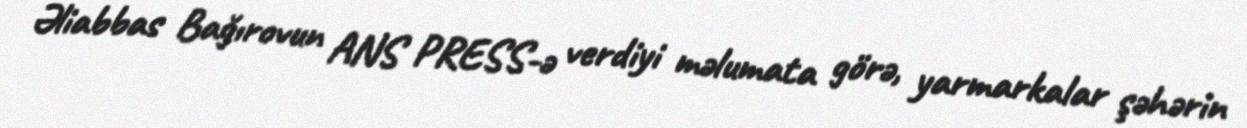
Əliabbas Bağırovun ANS PRESS-ə verdiyi məlumata görə, yarmarkalar şəhərin